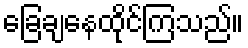
ခြေချနေထိုင်ကြသည်။